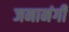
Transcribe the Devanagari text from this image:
जनानंगी